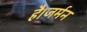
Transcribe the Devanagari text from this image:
है।जर्मन